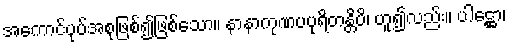
အကောင်ပုပ်အစုဖြစ်၍ဖြစ်သော။ နာနာကုဏပပုရိတန္တိပိ၊ ဟူ၍လည်း။ ပါဋ္ဌော၊